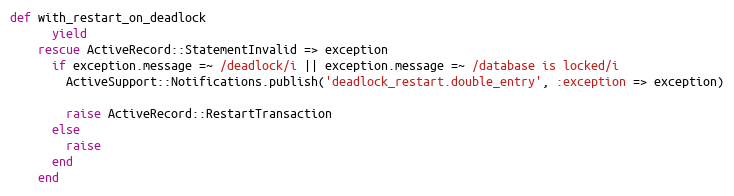
Language: Ruby
def with_restart_on_deadlock
      yield
    rescue ActiveRecord::StatementInvalid => exception
      if exception.message =~ /deadlock/i || exception.message =~ /database is locked/i
        ActiveSupport::Notifications.publish('deadlock_restart.double_entry', :exception => exception)

        raise ActiveRecord::RestartTransaction
      else
        raise
      end
    end